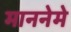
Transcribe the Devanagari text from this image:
माननेमे